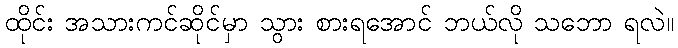
ထိုင်း အသားကင်ဆိုင်မှာ သွား စားရအောင် ဘယ်လို သဘော ရလဲ။